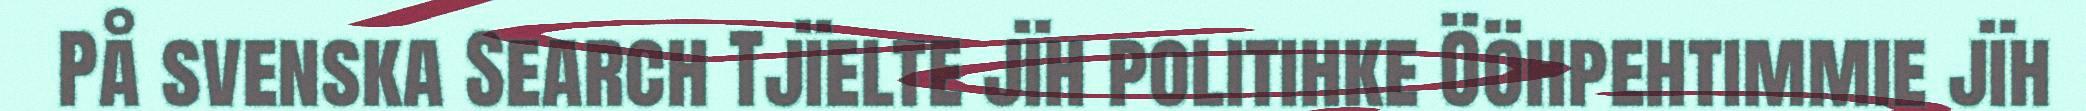
På svenska Search Tjïelte jïh politihke Ööhpehtimmie jïh